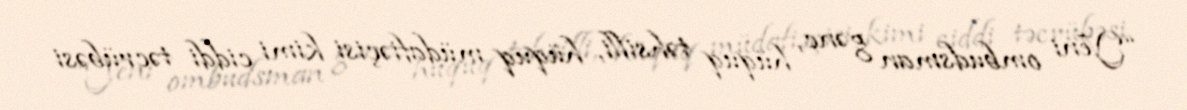
“Yeni ombudsman gənc, hüquq təhsilli, hüquq müdafiəçisi kimi ciddi təcrübəsi